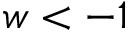
w < - 1